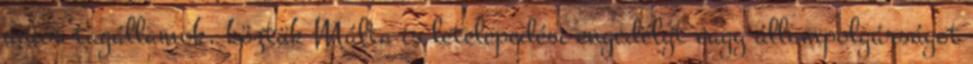
uniós tagállamok, köztük Málta is letelepedési engedélyt vagy állampolgárságot